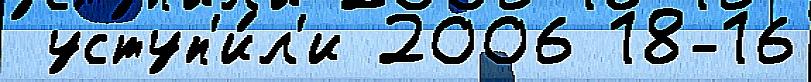
 уступ'и́л'и 2006 18-16